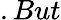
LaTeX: .But